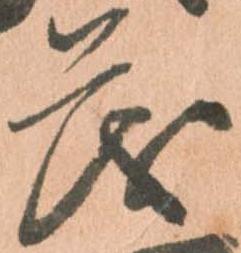
茂